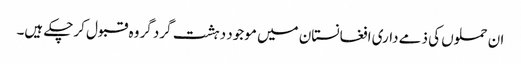
ان حملوں کی ذمے داری افغانستان میں موجود دہشت گرد گروہ قبول کرچکے ہیں۔